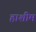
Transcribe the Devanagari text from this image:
हाशीम